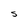
Character: S